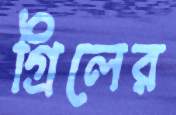
গ্রিলের